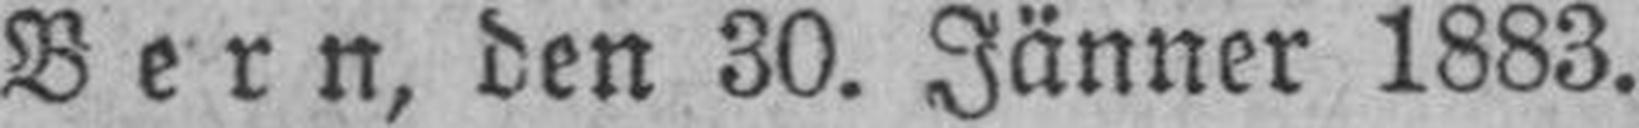
Bern, den 30. Jänner 1883.